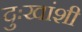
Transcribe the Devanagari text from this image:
दुःखांशी